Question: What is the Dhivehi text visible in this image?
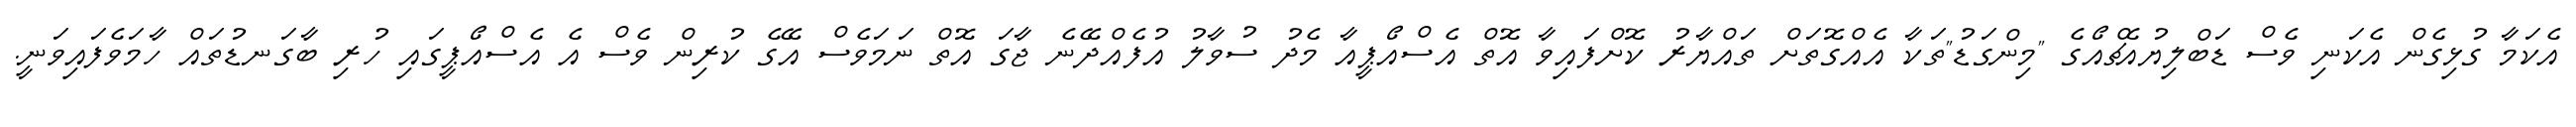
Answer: އެކަމާ ގުޅިގެން އެކަނި ވެސް ޑަބްލިޔުއެޗްއޯގެ "މިންގަޑު"ތަކާ އެއްގޮތަށް ތައްޔާރު ކޮށްފައިވާ އޮތް އެސްއޯޕީއާ މެދު ސުވާލު އުފެއްދޭނެ ޖާގަ އޮތް ނަމަވެސް އޭގެ ކުރިން ވެސް އެ އެސްއޯޕީގައި ހުރި ބާގަނޑުތައް ހާމަވެފައިވަނީ.